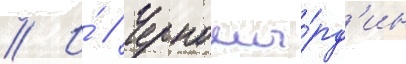
// И́ // Черномы́рд'ин